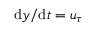
\mathrm { { d } } y / \mathrm { { d } } t = u _ { \tau }